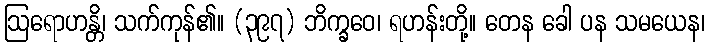
ဩရောဟန္တိ၊ သက်ကုန်၏။ (၃၉၇) ဘိက္ခဝေ၊ ရဟန်းတို့။ တေန ခေါ ပန သမယေန၊